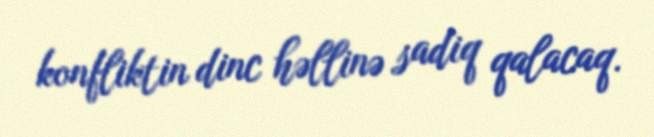
konfliktin dinc həllinə sadiq qalacaq.